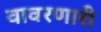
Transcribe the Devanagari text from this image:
वावरणारी